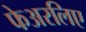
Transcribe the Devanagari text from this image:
फेअरलिए